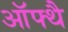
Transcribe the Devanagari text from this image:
ऑफ्थै